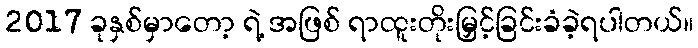
2017 ခုနှစ်မှာတော့ ရဲ့ အဖြစ် ရာထူးတိုးမြှင့်ခြင်းခံခဲ့ရပါတယ်။